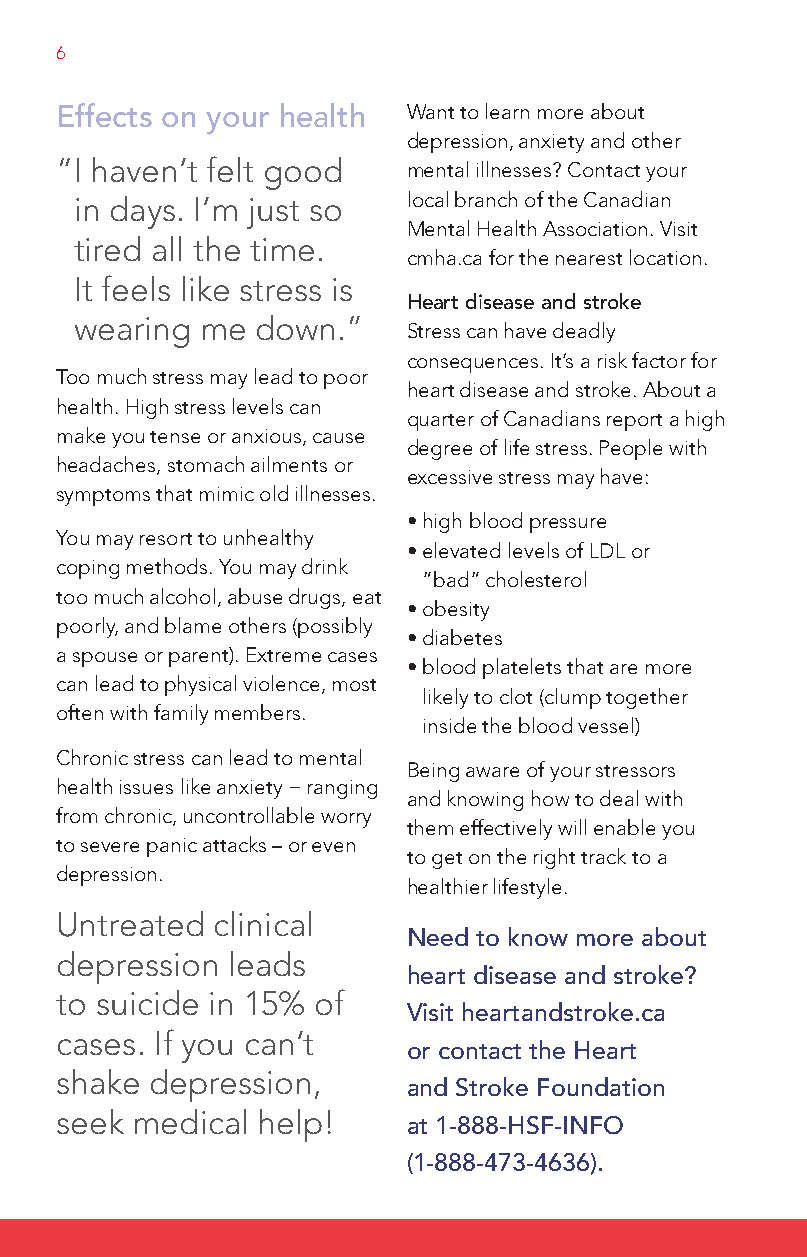
6
 effects on your health Want to learn more about
 depression, anxiety and other
 “ I haven’t felt good  mental illnesses? Contact your
 in days. I’m just so  local branch of the Canadian
 Mental Health Association. Visit
 tired all the time.
 cmha.ca for the nearest location.
 It feels like stress is
 heart disease and stroke
 wearing me  down.”
 Stress can have deadly
 consequences. It’s a risk factor for
 Too much stress may lead to poor
 heart disease and stroke. About a
 health. High stress levels can
 quarter of Canadians report a high
 make you tense or anxious, cause
 degree of life stress. People with
 headaches, stomach ailments or
 excessive stress may have:
 symptoms that mimic old illnesses.
 • high blood pressure
 You may resort to unhealthy
 • elevated levels of LDL or
 coping methods. You may drink
 ”bad” cholesterol
 too much alcohol, abuse drugs, eat
 • obesity
 poorly, and blame others (possibly
 • diabetes
 a spouse or parent). Extreme cases
 • blood platelets that are more
 can lead to physical violence, most
 likely to clot (clump together
 often with family members.
 inside the blood vessel)
 Chronic stress can lead to mental
 Being aware of your stressors
 health issues like anxiety − ranging
 and knowing how to deal with
 from chronic, uncontrollable worry
 them effectively will enable you
 to severe panic attacks – or even
 to get on the right track to a
 depression.
 healthier lifestyle.
 Untreated clinical
 Need to know more about
 depression leads
 heart disease and stroke?
 to suicide in 15% of
 Visit heartandstroke.ca
 cases. If you can’t
 or contact the heart
 shake depression,
 and Stroke Foundation
 seek medical help!
 at 1-888-hSF-iNFo
 (1-888-473-4636).
 DA_HSFCcoping-Englishresized.indd 6      4/19/10 1:09:05 PM